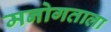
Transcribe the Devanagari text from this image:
मनोगताला